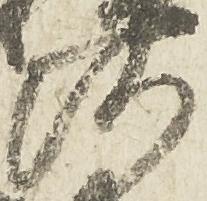
河